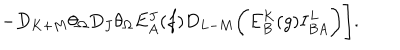
LaTeX: - D _ { K + M } \theta _ { \Omega } D _ { J } \theta _ { \Omega } E _ { A } ^ { J } ( f ) D _ { L - M } \biggl ( E _ { B } ^ { K } ( g ) I _ { B A } ^ { L } \biggr ) \Biggr ] .